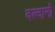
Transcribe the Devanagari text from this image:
वल्दानो